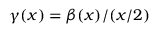
\gamma ( x ) = \beta ( x ) / ( x / 2 )